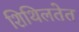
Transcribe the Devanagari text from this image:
शिथिलतेत